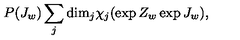
P ( J _ { w } ) \sum _ { j } \mathrm { d i m } _ { j } \chi _ { j } ( \exp { Z _ { w } } \exp { J _ { w } } ) ,